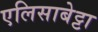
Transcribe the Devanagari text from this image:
एलिसाबेट्टा